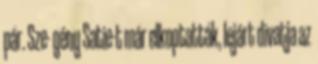
pár. Sze- gény Satie-t már elkoptatták, lejárt divatja az